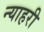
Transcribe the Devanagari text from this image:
न्याहरी